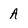
Character: A